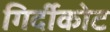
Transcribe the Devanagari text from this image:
गिर्दीकोट